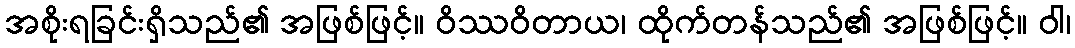
အစိုးရခြင်းရှိသည်၏ အဖြစ်ဖြင့်။ ဝိဿဝိတာယ၊ ထိုက်တန်သည်၏ အဖြစ်ဖြင့်။ ဝါ၊